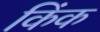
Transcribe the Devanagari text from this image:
किंक